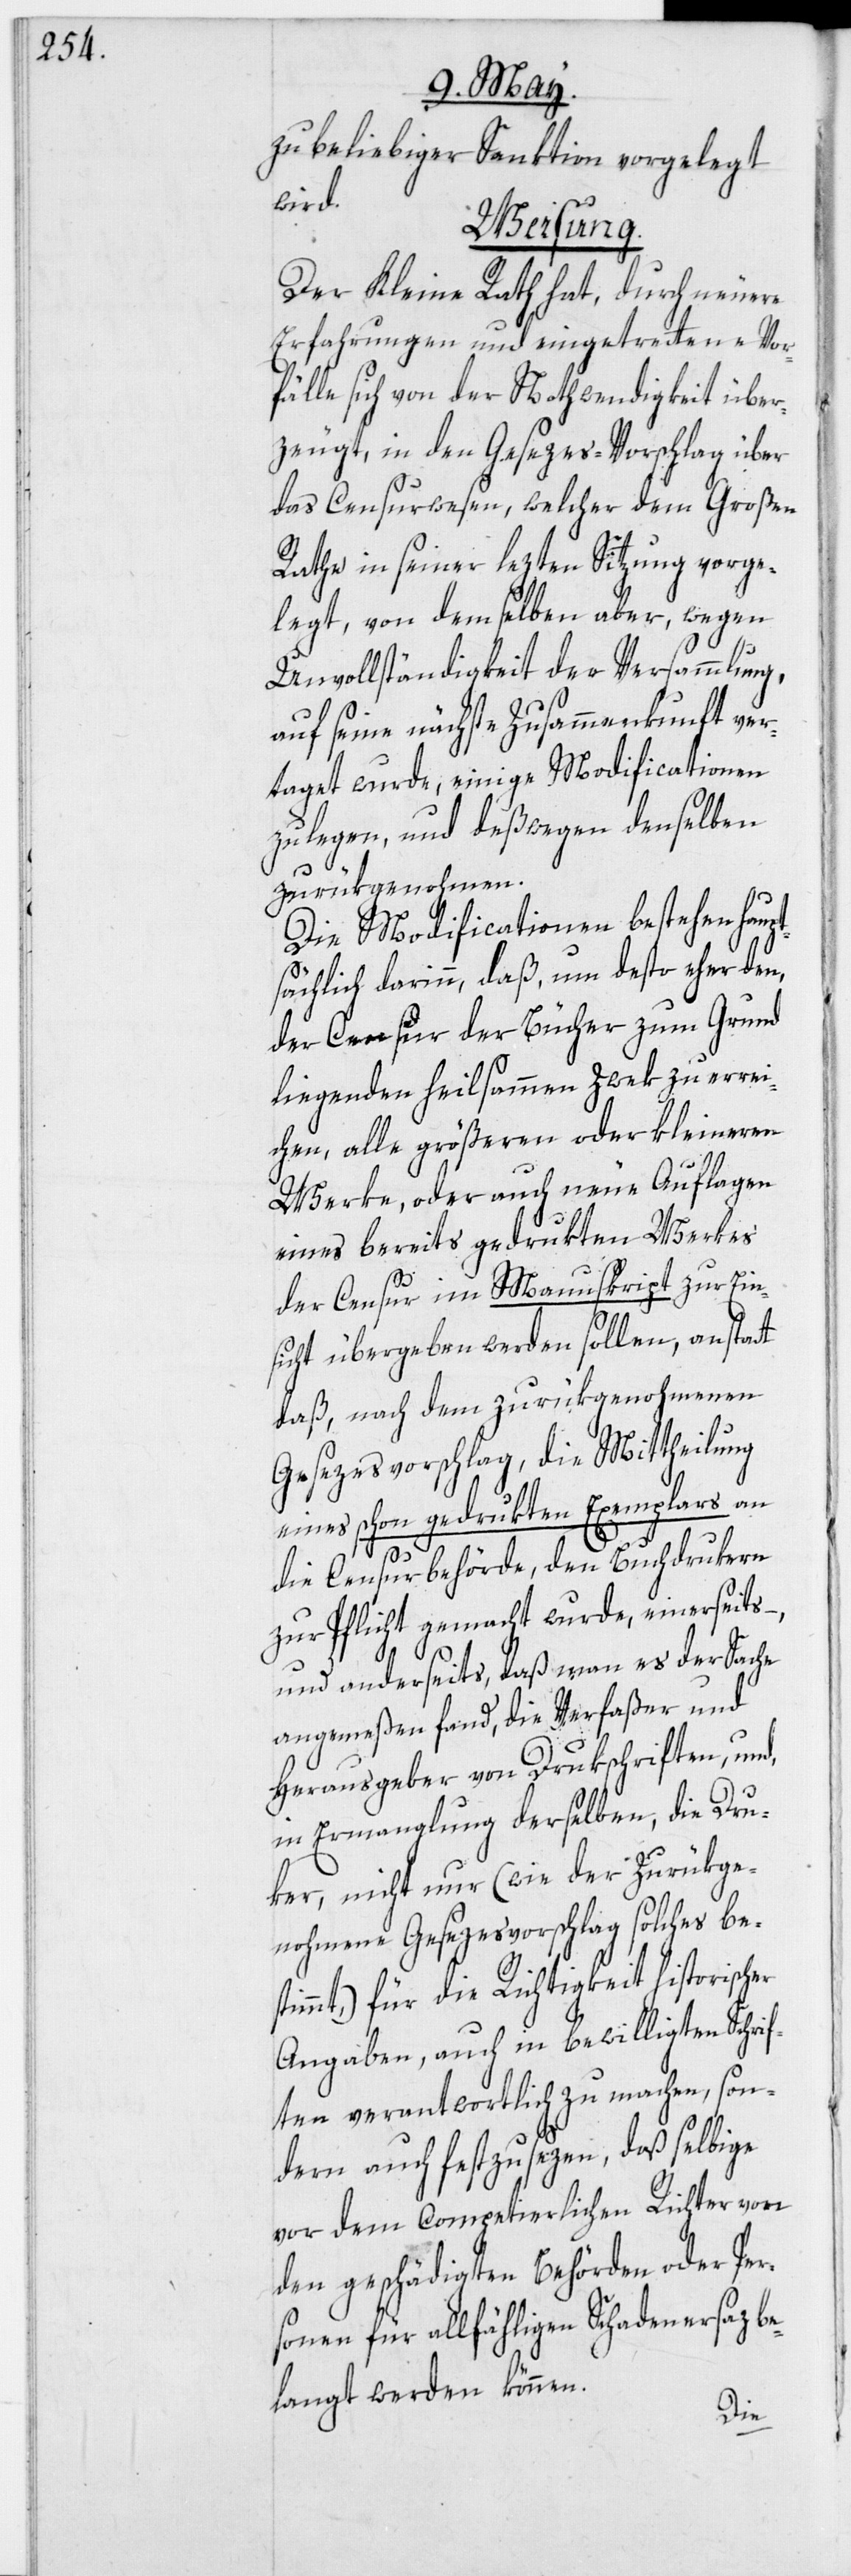
zu beliebiger Sanktion vorgelegt
wird.
Weisung.
Der Kleine Rath hat, durch neuere
Erfahrungen und eingetrettene Vor¬
fälle sich von der Nothwendigkeit über¬
zeugt, in den Gesezes-Vorschlag über
das Censurwesen, welcher dem Großen
Rathe in seiner lezten Sitzung vorge¬
legt, von demselben aber, wegen
Unvollständigkeit der Versammlung,
auf seine nächste Zusammenkunft ver¬
taget wurde, einige Modificationen
zu legen, und deßwegen denselben
zurükgenohmen.
Die Modificationen bestehen haupt¬
sächlich darinn, daß, um desto eher den,
der Censur der Bücher zum Grund
liegenden heilsammen Zwek zu errei¬
chen, alle größeren oder kleineren
Werke, oder auch neue Auflagen
eines bereits gedrukten Werkes
der Censur im Manuskript zur Ein¬
sicht übergeben werden sollen, anstatt
daß, nach dem zurükgenohmenen
Gesezesvorschlag, die Mittheilung
eines schon gedrukten Exemplars an
die Censurbehörde, den Buchdrukern
zur Pflicht gemacht wurde, einerseits
und anderseits, daß man es der Sache
angemeßen fand, die Verfaßer und
Herausgeber von Drukschriften, und,
in Ermanglung derselben, die Dru¬
ker, nicht nur (wie der zurükge¬
nohmene Gesezesvorschlag solches bes¬
timmt,) für die Richtigkeit historischer
Angaben, auch in bewilligten Schrif¬
ten verantwortlich zu machen, son¬
dern auch festzusezen, daß selbige
vor dem competierlichen Richter von
den geschädigten Behörden oder Per¬
sonen für allfähligen Schadenersaz be¬
langt werden können.